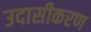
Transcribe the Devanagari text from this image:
उदासीकरण